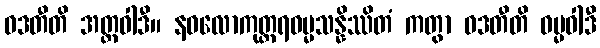
ဝဒတီတိ အတ္ထဝါဒီ။ နဝလောကုတ္တရဓမ္မသန္နိဿိတံ ကတွာ ဝဒတီတိ ဓမ္မဝါဒီ